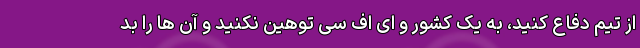
از تیم دفاع کنید، به یک کشور و ای اف سی توهین نکنید و آن ها را بد